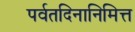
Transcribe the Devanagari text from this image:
पर्वतदिनानिमित्त